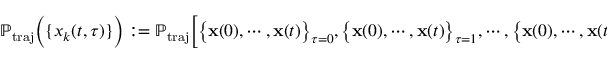
\mathbb { P } _ { \mathrm { t r a j } } \Big ( \{ x _ { k } ( t , \tau ) \} \Big ) : = \mathbb { P } _ { \mathrm { t r a j } } \Big [ \big \{ \mathbf { x } ( 0 ) , \cdots , \mathbf { x } ( t ) \big \} _ { \tau = 0 } , \big \{ \mathbf { x } ( 0 ) , \cdots , \mathbf { x } ( t ) \big \} _ { \tau = 1 } , \cdots , \big \{ \mathbf { x } ( 0 ) , \cdots , \mathbf { x } ( t ) \big \} _ { \tau = T } \Big ] \, ,